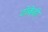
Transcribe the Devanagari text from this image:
टोकेही